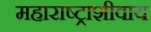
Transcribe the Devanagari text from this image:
महाराष्ट्राशीवाय